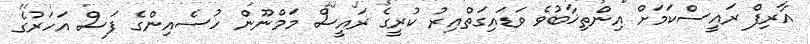
އާރިފް ރައީސްކަމަށް އިންތިޚާބުވެ ވަޑައިގަތްއިރު ކުރީގެ ރައީސް މަމްނޫން ހުސެއިންގެ ފަސް އަހަރުގެ